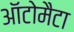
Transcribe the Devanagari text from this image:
ऑटोमैटा